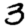
Digit: 3